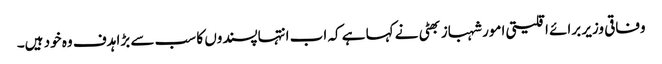
وفاقی وزیر برائے اقلیتی امور شہباز بھٹی نے کہا ہے کہ اب انتہاپسندوں کا سب سے بڑا ہدف وہ خود ہیں۔